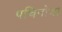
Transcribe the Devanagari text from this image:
पचिनोचा